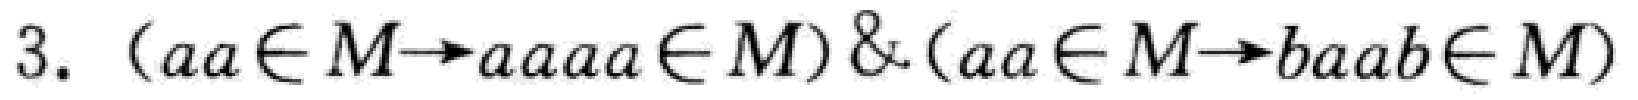
\(3. (aa\in M\rightarrow aaaaa\in M)\&(aa\in M\rightarrow baab\in M)\)